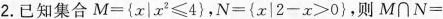
2.已知集合$$M=\left\{x|x^{2}≤4\right\}$$，$$N=\left\{x|2-x>0\right\}$$，则$$M\cap N=$$